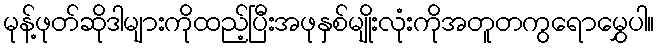
မုန့်ဖုတ်ဆိုဒါများကိုထည့်ပြီးအဖုနှစ်မျိုးလုံးကိုအတူတကွရောမွှေပါ။